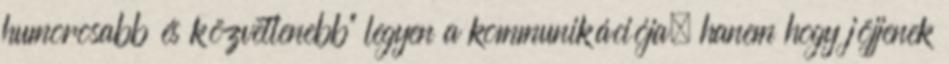
humorosabb és közvetlenebb" legyen a kommunikációja, hanem hogy jöjjenek